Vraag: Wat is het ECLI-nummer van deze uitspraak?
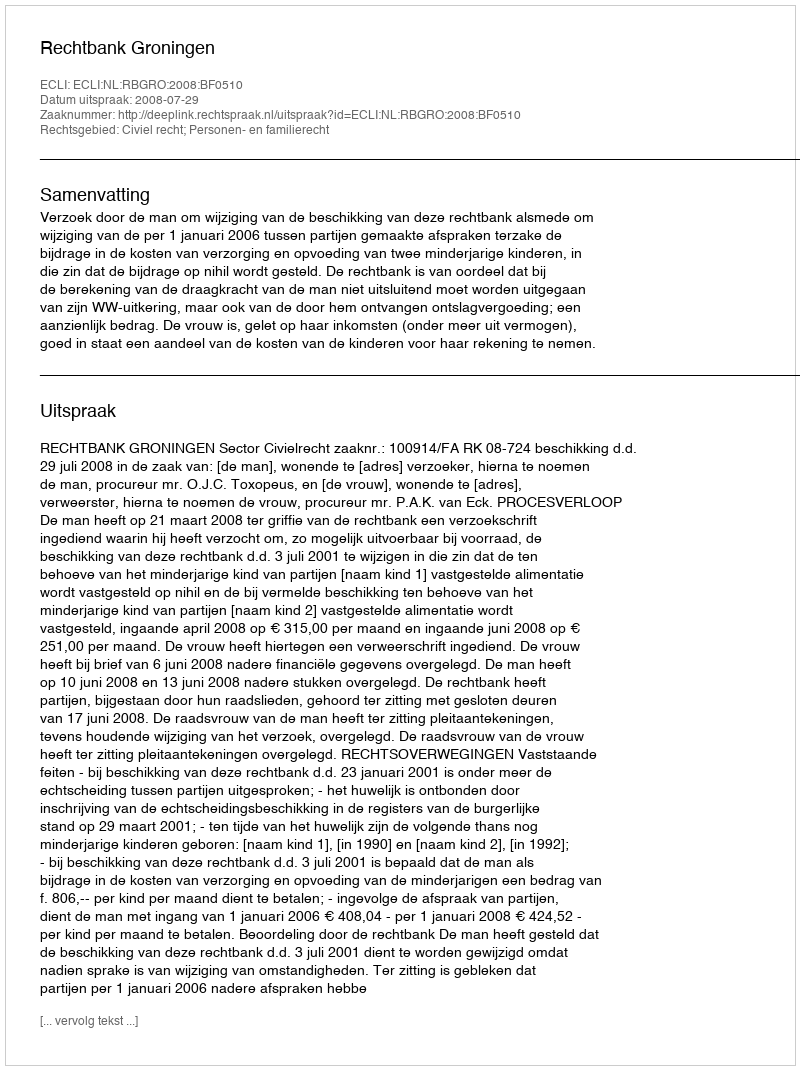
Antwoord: ECLI:NL:RBGRO:2008:BF0510